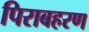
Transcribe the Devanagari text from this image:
पिराबहरण